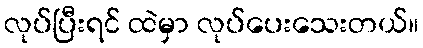
လုပ်ပြီးရင် ထဲမှာ လုပ်ပေးသေးတယ်။